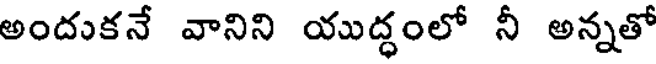
అందుకనే వానిని యుద్ధంలో నీ అన్నతో